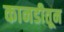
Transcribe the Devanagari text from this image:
कानडीतून